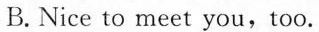
B.Nice to meet you,too.